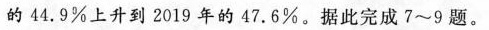
的44.9%上升到2019年的47.6%。据此完成7~9题。